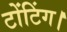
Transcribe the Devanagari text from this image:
टोंटिंग।